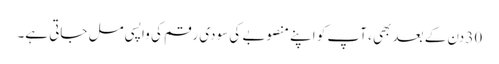
30 دن کے بعد بھی ، آپ کو اپنے منصوبے کی سودی رقم کی واپسی مل جاتی ہے۔